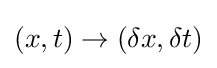
(x,t)\to (\delta x,\delta t)